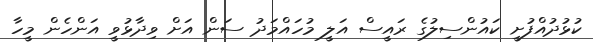
ކުޅުދުއްފުށީ ކައުންސިލުގެ ރައީސް އަލީ މުހައްމަދު ސަން އަށް ވިދާޅުވީ އަންހެން މީހާ